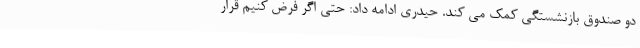
دو صندوق بازنشستگی کمک می کند. حیدری ادامه داد: حتی اگر فرض کنیم قرار